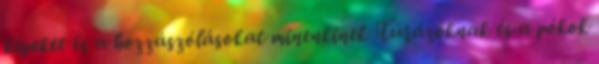
képeket és a hozzászólásokat minenkinek Túrázóknak és a pókok